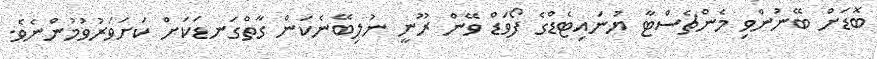
ބޮޑަށް ބޭނުންވި މެންޗެސްޓާ ޔުނައިޓެޑްގެ ފޯވަޑް ވޭން ރޫނީ ނުލިބޭނެކަން ގާތްގަނޑަކަށް ކަށަވަރުވުމުންނެވެ.